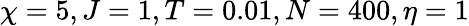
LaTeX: \chi=5,J=1,T=0.01,N=400,\eta=1